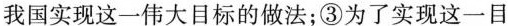
我国实现这一伟大目标的做法；③为了实现这一目